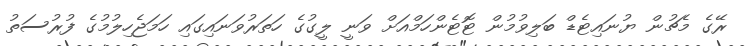
ރޭގެ މެޗުން ޔުނައިޓެޑް ބަލިވުމުން ޓޮޓެންހަމްއަށް ވަނީ ލީގުގެ ހަތަރުވަނައިގައި ހަމަޖެހިލުމުގެ ފުރުސަތު